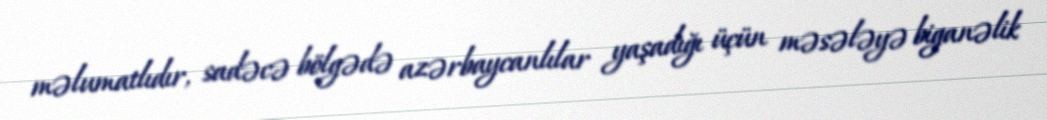
məlumatlıdır, sadəcə bölgədə azərbaycanlılar yaşadığı üçün məsələyə biganəlik